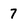
Character: 7